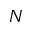
N